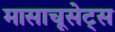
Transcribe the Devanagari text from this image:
मासाचूसेट्स